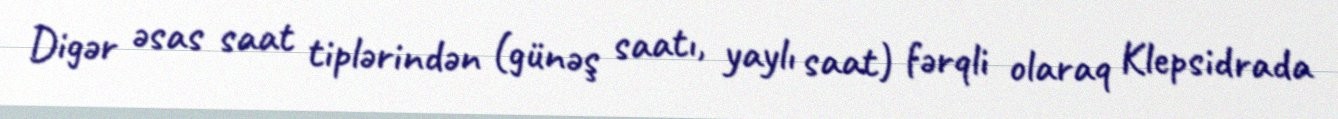
Digər əsas saat tiplərindən (günəş saatı, yaylı saat) fərqli olaraq Klepsidrada